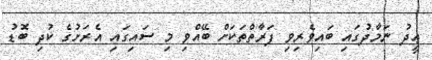
ޢީދު ނަމާދުގައި ބައިވެރިވި ފަރާތްތަކަށް ބޭއްވި މި ސައިގައި އެރަށުގެ ކުދި ބޮޑު